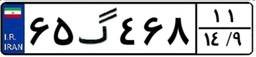
۹۳گ۲۱۷۲۳